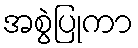
အစွဲပြုကာ